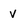
Character: v